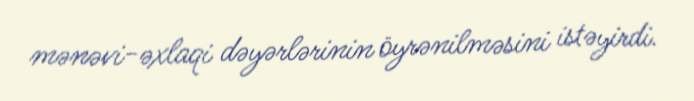
mənəvi-əxlaqi dəyərlərinin öyrənilməsini istəyirdi.